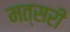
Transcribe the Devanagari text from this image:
मत्सरी